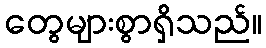
တွေများစွာရှိသည်။